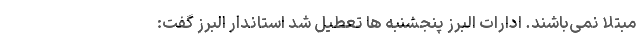
مبتلا نمی‌باشند. ادارات البرز پنجشنبه ها تعطیل شد استاندار البرز گفت: